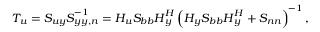
\boldsymbol { T _ { u } } = \boldsymbol { S _ { u y } } \boldsymbol { S } _ { \boldsymbol { y y , n } } ^ { - 1 } = \boldsymbol { H _ { u } } \boldsymbol { S _ { b b } } \boldsymbol { H } _ { \boldsymbol { y } } ^ { H } \left( \boldsymbol { H _ { y } } \boldsymbol { S _ { b b } } \boldsymbol { H } _ { \boldsymbol { y } } ^ { H } + \boldsymbol { S _ { n n } } \right) ^ { - 1 } ,